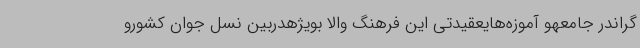
گراندر جامعهو آموزه‌هایعقیدتی این فرهنگ والا بویژهدربین نسل جوان کشورو